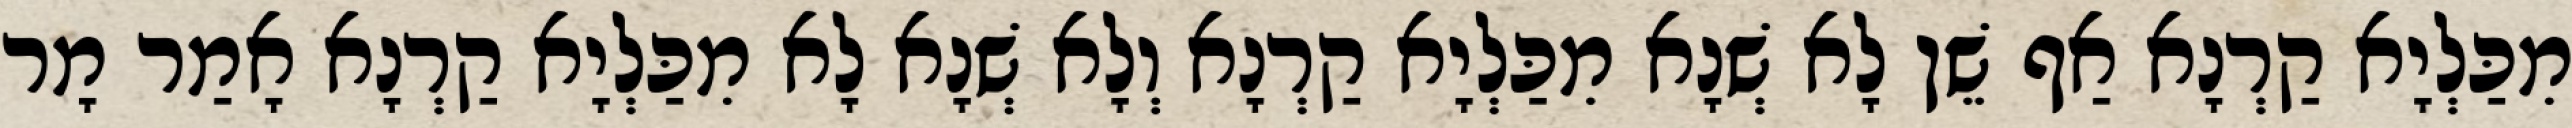
מִכַּלְיָא קַרְנָא אַף שֵׁן לָא שְׁנָא מִכַּלְיָא קַרְנָא וְלָא שְׁנָא לָא מִכַּלְיָא קַרְנָא אָמַר מָר